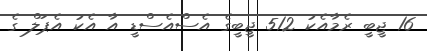
16 ޖީބީ ރެމާއެކު 512 ޖީބީގެ އެސްއެސްޑީ އާ އެކު އެޕަލް ގެ